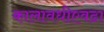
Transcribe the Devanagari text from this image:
कालावधीएवढा